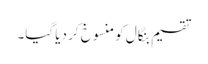
تقسیم بنگال کو منسوخ کر دیا گیا۔